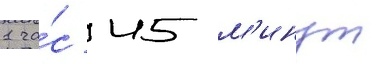
1 ча́с 45 м'инут